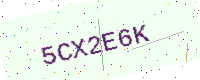
Text: 5CX2E6K